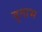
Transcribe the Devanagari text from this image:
वृताभ